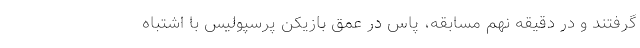
گرفتند و در دقیقه نهم مسابقه، پاس در عمق بازیکن پرسپولیس با اشتباه